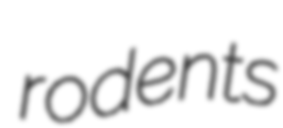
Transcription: rodents